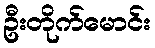
ဦးတိုက်မောင်း